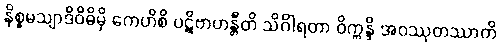
နိစ္စမသျာဒိဝိဓိမှိ ကေဟိစိ ပဋိဗာဟန္တီတိ သိင်္ဂါရတာ ဝိက္ကန္ဒိ အဝဿုတဿာတိ